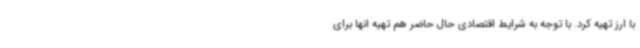
با ارز تهیه کرد. با توجه به شرایط اقتصادی حال حاضر هم تهیه انها برای